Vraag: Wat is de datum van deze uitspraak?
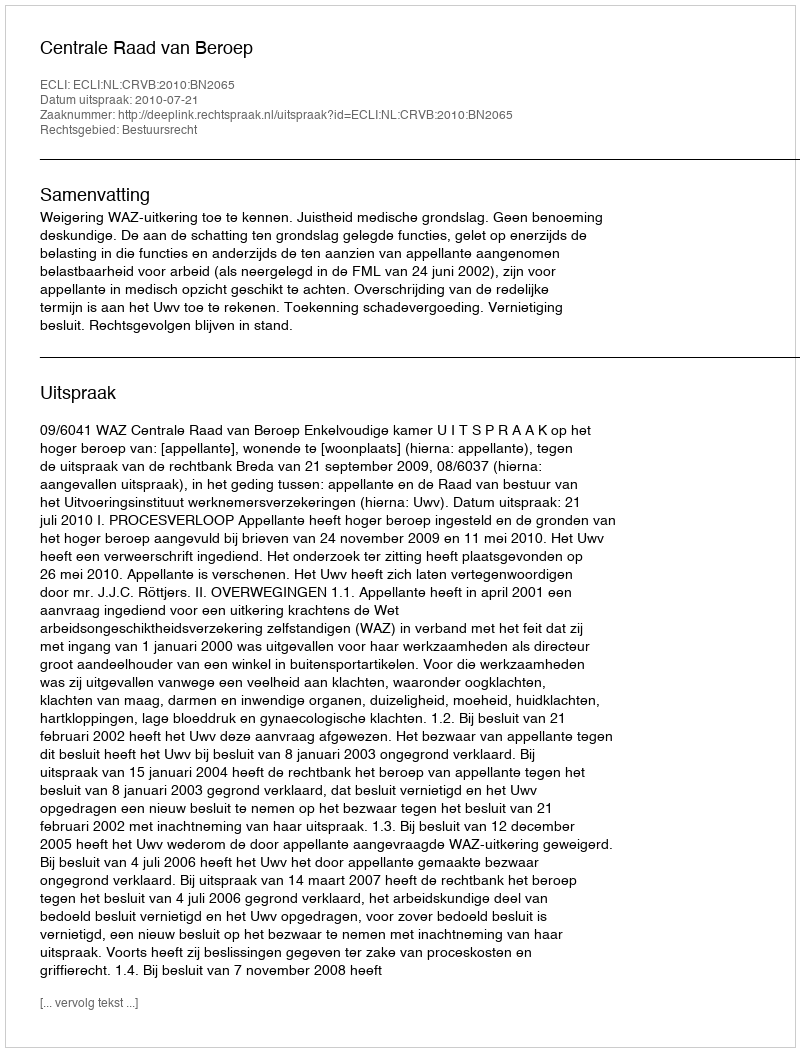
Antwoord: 2010-07-21